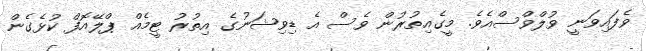
ވެފައިވަނީ ވުލްވްސްއެވެ. މީގެއިތުރުން ވެސް އެ ޑިވިޝަނުގެ އިތުރު ޓީމެއް ޕްލޭއޮފް ކުޅެގެން